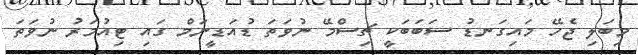
މިބަލި ޖެހޭ މައިގަނޑު ސަބަބަކީ ޗިސްމޭ ނުވަތަ ޑުއަޑީނަމް ގައި ޓިއުމަރު ނުވަތަ